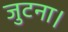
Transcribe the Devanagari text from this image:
जुटना।